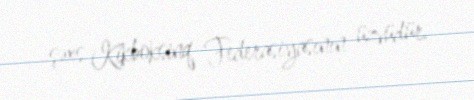
şəxs Kikboksinq Federasiyasının üzvüdür.